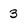
Character: 3